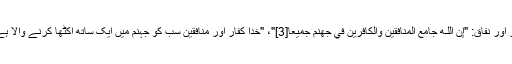
کفر اور نفاق: "إِنَّ اللَّـهَ جَامِعُ الْمُنَافِقِينَ وَالْكَافِرِينَ فِي جَهَنَّمَ جَمِيعًا[3]"، "خدا کفار اور منافقین سب کو جہنّم میں ایک ساتھ اکٹھا کرنے والا ہے"۔